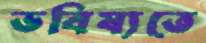
ভবিষ্যতে